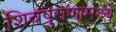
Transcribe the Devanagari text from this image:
शिवपुराणामध्ये